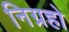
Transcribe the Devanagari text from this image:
निग्रहो